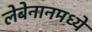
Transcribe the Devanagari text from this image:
लेबेनानमध्ये